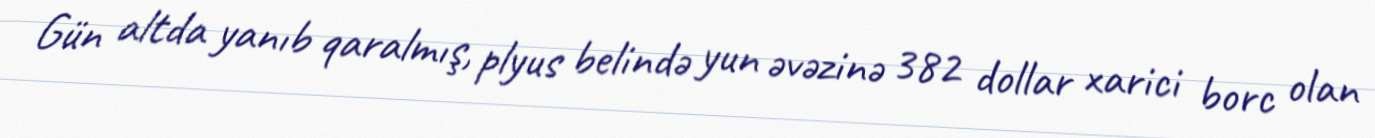
Gün altda yanıb qaralmış, plyus belində yun əvəzinə 382 dollar xarici borc olan